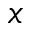
x